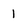
Character: 1